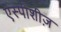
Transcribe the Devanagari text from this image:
एस्पीशीज़